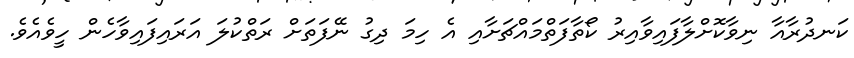
ކަނދުރާއާ ނިވާކޮށްލާފައިވާއިރު ކޯތާފަތްމައްޗަށާއި އެ ހިމަ ދިގު ނޭފަތަށް ރަތްކުލަ އަރައިފައިވާހެން ހީވެއެވެ.